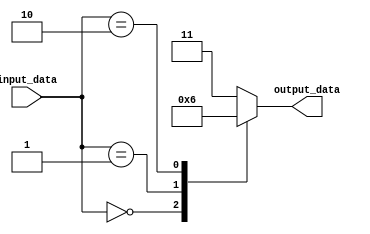
module case_statement_example(input [3:0] input_data, output reg [1:0] output_data);

initial begin
    case(input_data)
        4'b0000: output_data = 2'b00; // if input_data is 0000, set output_data to 00
        4'b0001: output_data = 2'b01; // if input_data is 0001, set output_data to 01
        4'b0010: output_data = 2'b10; // if input_data is 0010, set output_data to 10
        default: output_data = 2'b11; // for any other input_data, set output_data to 11
    endcase
end

endmodule